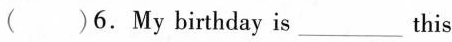
( )6.My birthday is___ this